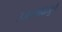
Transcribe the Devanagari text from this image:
उजव्याबाजुने